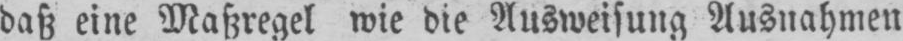
daß eine Maßregel wie die Ausweisung Ausnahmen